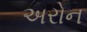
અરોન